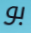
بو